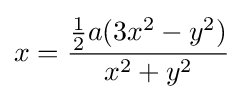
x={\frac {{\frac {1}{2}}a(3x^{2}-y^{2})}{x^{2}+y^{2}}}